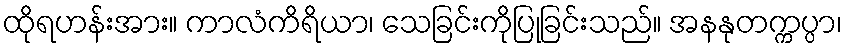
ထိုရဟန်းအား။ ကာလံကိရိယာ၊ သေခြင်းကိုပြုခြင်းသည်။ အနနုတက္ကပ္ပာ၊